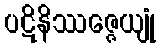
ပဋိနိဿဇ္ဇေယျုံ